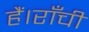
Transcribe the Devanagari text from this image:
हैं।राँची